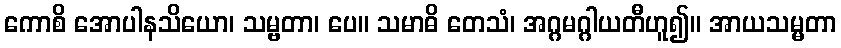
ကောစိ အောပါနသိယော၊ သမ္ဗတာ၊ ပေ။ သမာဓိ တေသံ၊ အဂ္ဂမဂ္ဂါယတီဟူ၍။ အာယသမ္မတာ